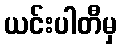
ယင်းပါတီမှ